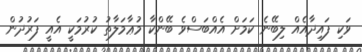
ވަކި ފައިދާއެއް ލިބޭނެ ކަމަށް އެއްބަސްވެ ބޭންކާ މުޢާމަލާތު ކުރުމަކީ އެއީ ފަރުދުން